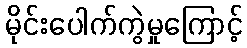
မိုင်းပေါက်ကွဲမှုကြောင့်